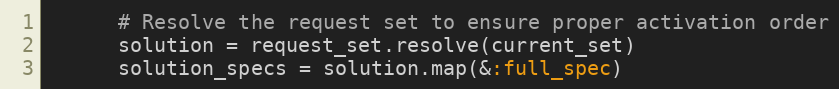
Language: Ruby
      # Resolve the request set to ensure proper activation order
      solution = request_set.resolve(current_set)
      solution_specs = solution.map(&:full_spec)